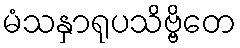
မံသနှာရုပသိဗ္ဗိတေ